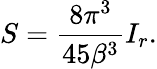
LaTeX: S=\frac{8\pi^{3}}{45\beta^{3}}I_{r}.